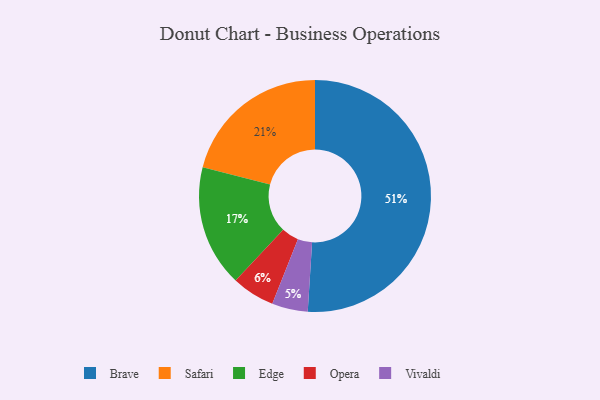
{"axis": {"x": "Category", "y": "Percentage"}, "legend": ["Brave", "Edge", "Opera", "Safari", "Vivaldi"], "data": [{"x": "Vivaldi", "y": 5, "type": "Vivaldi"}, {"x": "Edge", "y": 17, "type": "Edge"}, {"x": "Opera", "y": 6, "type": "Opera"}, {"x": "Safari", "y": 21, "type": "Safari"}, {"x": "Brave", "y": 51, "type": "Brave"}]}